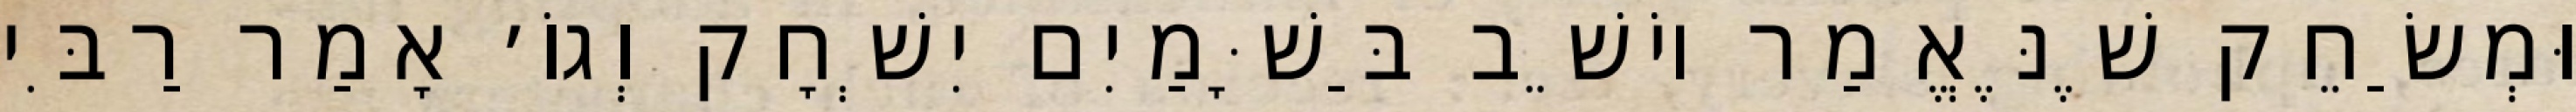
וּמְשַׂחֵק שֶׁנֶּאֱמַר יוֹשֵׁב בַּשָּׁמַיִם יִשְׁחָק וְגוֹ׳ אָמַר רַבִּי